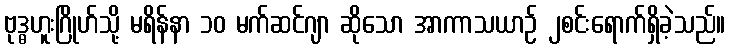
ဗုဒ္ဓဟူးဂြိုဟ်သို့ မရိန်နာ ၁၀ မက်ဆင်ဂျာ ဆိုသော အာကာသယာဉ် ၂စင်းရောက်ရှိခဲ့သည်။